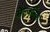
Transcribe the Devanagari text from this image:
सेल्जनिक